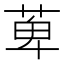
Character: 萆